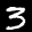
Label: 3